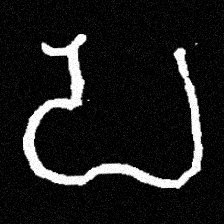
Pyu character \u2014 Myanmar letter: ပ (romanized: pa)